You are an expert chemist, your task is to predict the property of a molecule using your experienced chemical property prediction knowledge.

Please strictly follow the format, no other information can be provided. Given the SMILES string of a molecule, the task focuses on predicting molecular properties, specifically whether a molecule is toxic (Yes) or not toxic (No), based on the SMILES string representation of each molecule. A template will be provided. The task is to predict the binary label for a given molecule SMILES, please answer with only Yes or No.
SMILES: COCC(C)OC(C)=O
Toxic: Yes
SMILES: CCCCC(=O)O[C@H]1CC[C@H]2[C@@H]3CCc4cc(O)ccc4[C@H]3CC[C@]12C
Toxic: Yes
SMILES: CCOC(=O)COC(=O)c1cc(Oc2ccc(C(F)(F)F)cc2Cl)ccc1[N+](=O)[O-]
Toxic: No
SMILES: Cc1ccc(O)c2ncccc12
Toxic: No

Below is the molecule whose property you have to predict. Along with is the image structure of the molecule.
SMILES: COc1ccccc1NC(=O)CC(C)=O
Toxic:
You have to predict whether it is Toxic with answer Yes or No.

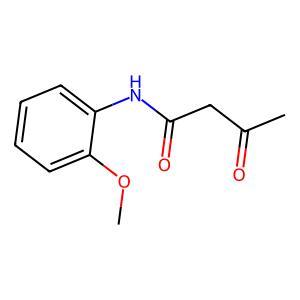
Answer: No